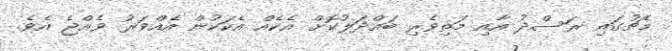
މެޗުގައި ރަސްދު އާއި މަތިވެރި ބައްދަލުކޮށް އެކެއް އެކަކުން އެއްވަރު ވެއްޖެ އެވެ.